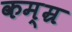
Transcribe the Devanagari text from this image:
कम्म्र